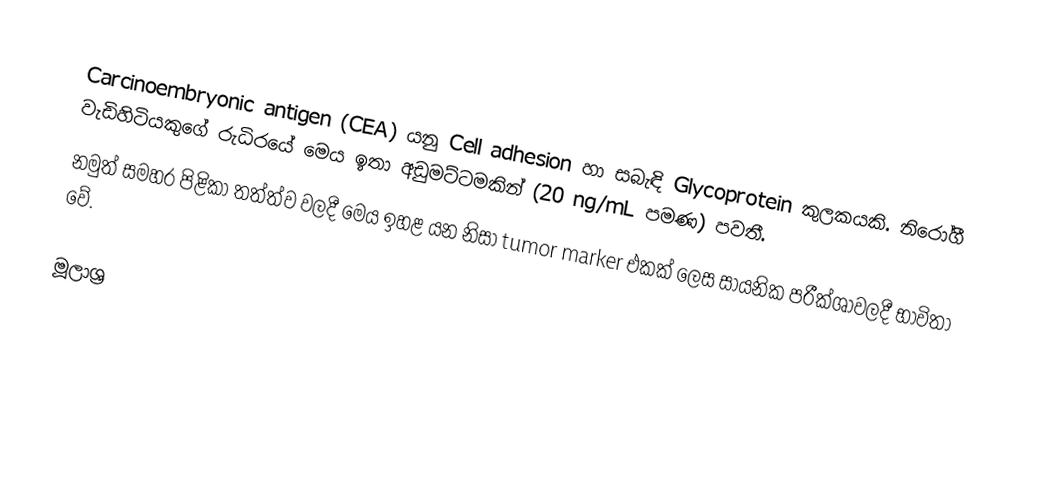
Carcinoembryonic antigen (CEA) යනු Cell adhesion හා සබැඳි Glycoprotein කුලකයකි. නිරෝගී වැඩිහිටියකුගේ රුධිරයේ මෙය ඉතා අඩුමට්ටමකින් (20 ng/mL පමණ) පවතී.
නමුත් සමහර පිළිකා තත්ත්ව වලදී මෙය ඉහළ යන නිසා tumor marker එකක් ලෙස සායනික පරීක්ශාවලදී භාවිතා වේ.

මූලාශ්‍ර